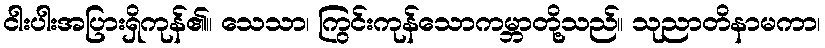
ငါးပါးအပြားရှိကုန်၏။ သေသာ၊ ကြွင်းကုန်သောကမ္ဘာတို့သည်။ သုညာတိနာမကာ၊